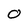
Character: 0